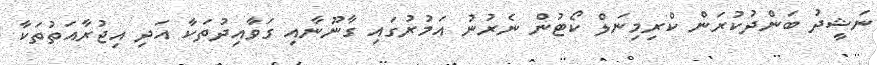
ނަޝީދު ބަންދުކުރަން ކްރިމިނަލް ކޯޓުން ނެރުނު އަމުރުގައި ގާނޫނާއި ގަވާއިދުތަކާ އަދި އިޖުރާއަތުތަކާ